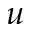
\boldsymbol { u }